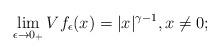
LaTeX: \begin{align*}\lim_{\epsilon \rightarrow 0_+} Vf_\epsilon(x)=|x|^{\gamma-1},x \neq 0;\end{align*}